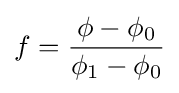
f={\frac {\phi -\phi _{0}}{\phi _{1}-\phi _{0}}}